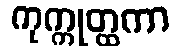
ကုက္ကုတ္ထကာ